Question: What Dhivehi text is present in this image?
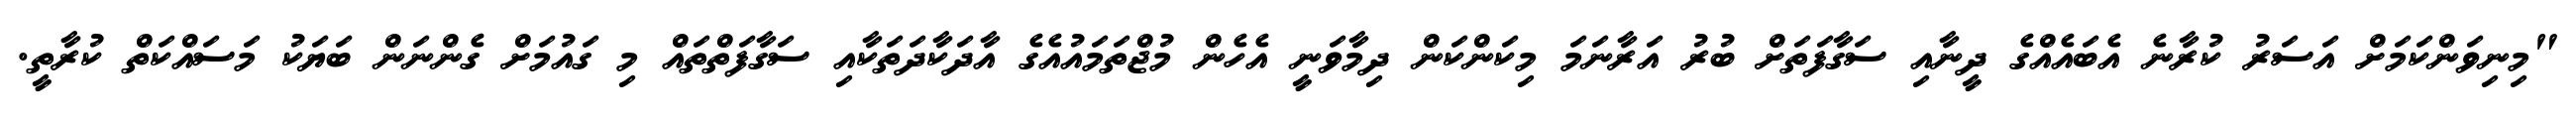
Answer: "މިނިވަންކަމަށް އަސަރު ކުރާނެ އެބައެއްގެ ދީނާއި ސަގާފަތަށް ބުރު އަރާނަމަ މިކަންކަން ދިމާވަނީ އެހެން މުޖްތަމައުއެގެ އާދަކާދަތަކާއި ސަގާފަތްތައް މި ގައުމަށް ގެންނަން ބަޔަކު މަސައްކަތް ކުރާތީ.